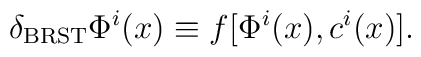
\delta_{{\rm BRST}} \Phi^{i}(x) \equiv f[\Phi^{i}(x),c^{i}(x)].